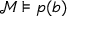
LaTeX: { \mathcal { M } } \models p ( { \boldsymbol { b } } )